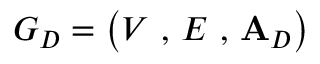
G _ { D } = \left( V \mathrm { ~ , ~ } E \mathrm { ~ , ~ } \mathbf { A } _ { D } \right)